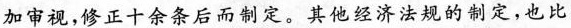
加审视，修正十余条后而制定。其他经济法规的制定，也比